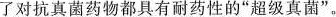
了对抗直菌药物都具有耐药性的“超级真菌“。